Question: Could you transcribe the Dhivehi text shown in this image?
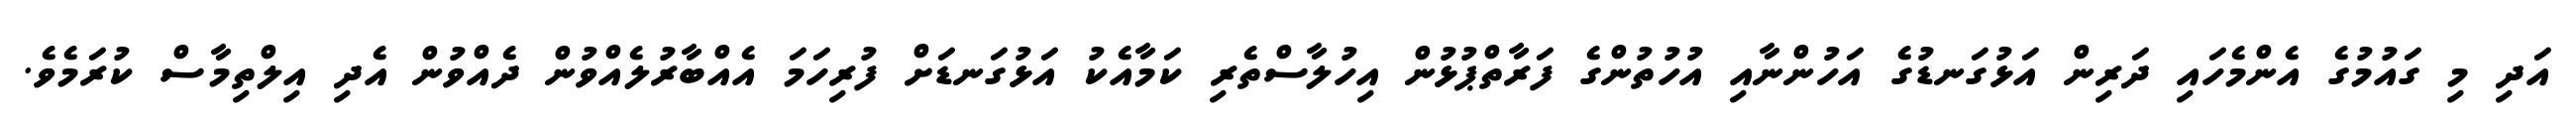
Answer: އަދި މި ގައުމުގެ އެންމެހައި ދަރިން އަޅުގަނޑުގެ އަހުންނާއި އުހުތުންގެ ފަރާތްޕުޅުން އިހުލާސްތެރި ކަމާއެކު އަޅުގަނޑަށް ފުރިހަމަ އެއްބާރުލެއްވުން ދެއްވުން އެދި އިލްތިމާސް ކުރަމެވެ.